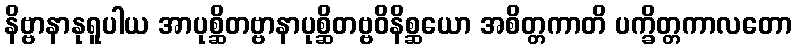
နိဗ္ဗာနာနုရူပါယ အာပုစ္ဆိတဗ္ဗာနာပုစ္ဆိတဗ္ဗဝိနိစ္ဆယော အစိတ္တကာတိ ပက္ခိတ္တကာလတော